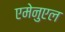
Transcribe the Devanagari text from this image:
एमेनुएल